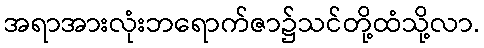
အရာအားလုံးဘရောက်ဇာ၌သင်တို့ထံသို့လာ.